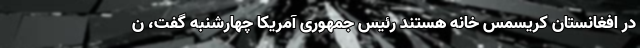
در افغانستان کریسمس خانه هستند رئیس جمهوری آمریکا چهارشنبه گفت، ن